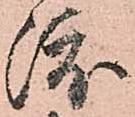
渡